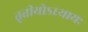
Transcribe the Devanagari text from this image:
तृतीयोऽध्यायः